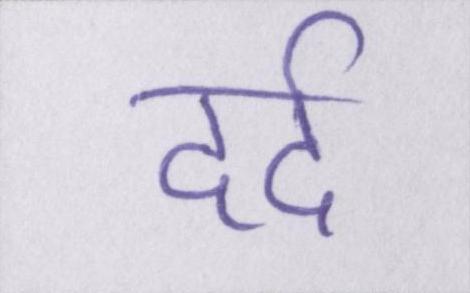
दर्द